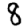
Digit: 8